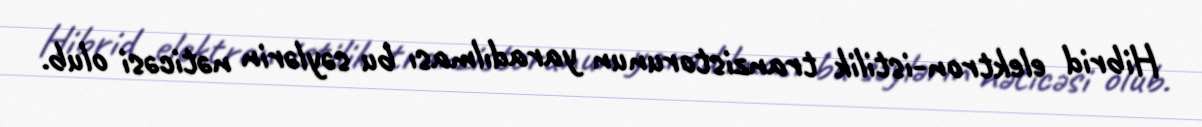
Hibrid elektron-istilik tranzistorunun yaradılması bu səylərin nəticəsi olub.